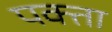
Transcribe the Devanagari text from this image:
पक्ता